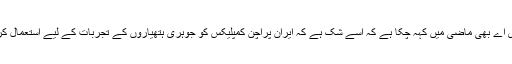
آئی اے ای اے بھی ماضی میں کہہ چکا ہے کہ اسے شک ہے کہ ایران پراچن کمپلیکس کو جوہری ہتھیاروں کے تجربات کے لیے استعمال کر رہا ہے۔